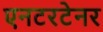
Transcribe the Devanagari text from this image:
एनटरटेनर